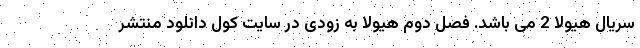
سریال هیولا 2 می باشد. فصل دوم هیولا به زودی در سایت کول دانلود منتشر